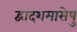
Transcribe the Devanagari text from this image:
द्वादशमासेषु